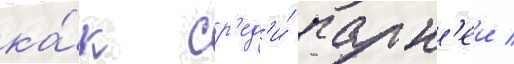
ка́к ср'ед'и́ парн'еи /